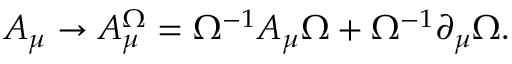
A _ { \mu } \to A _ { \mu } ^ { \Omega } = \Omega ^ { - 1 } A _ { \mu } \Omega + \Omega ^ { - 1 } \partial _ { \mu } \Omega .